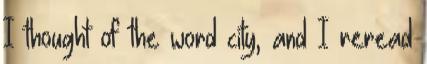
I thought of the word city, and I reread